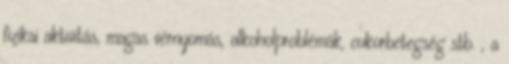
fizikai aktivitás, magas vérnyomás, alkoholproblémák, cukorbetegség stb. , a